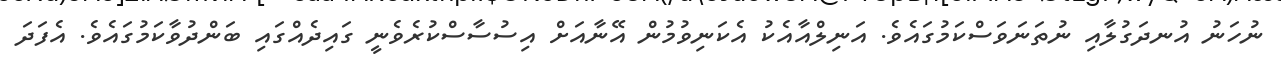
ނުހަނު އުނދަގުލާއި ނުތަނަވަސްކަމުގައެވެ. އަނިލްއާއެކު އެކަނިވުމުން އޭނާއަށް އިސުސާސްކުރެވެނީ ގައިދެއްގައި ބަންދުވާކަމުގައެވެ. އެފަދަ